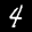
Label: 4